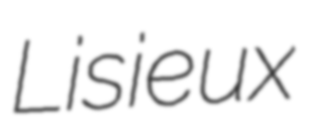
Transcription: Lisieux